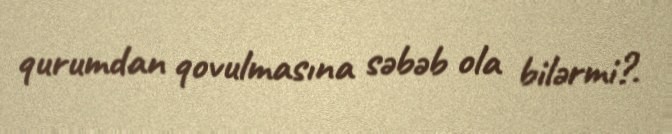
qurumdan qovulmasına səbəb ola bilərmi?.